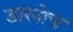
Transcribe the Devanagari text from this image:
डारनोच